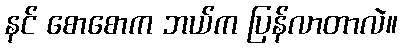
နင် စောစောက ဘယ်က ပြန်လာတာလဲ။